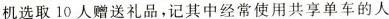
机选取10人赠送礼品，记其中经常使用共享单车的人